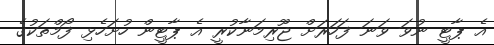
އެ ޕާޓީ ނުވަ ވަނަ ފަހަރަށް ޖޫރިމަނާކުރީ އެ ޕާޓީން ހުށަހެޅި ފޯމްތަކުގެ